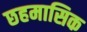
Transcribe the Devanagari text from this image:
छहमासिक